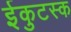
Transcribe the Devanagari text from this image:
ईकुटस्क